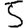
Digit: 5